Treatise on elephants
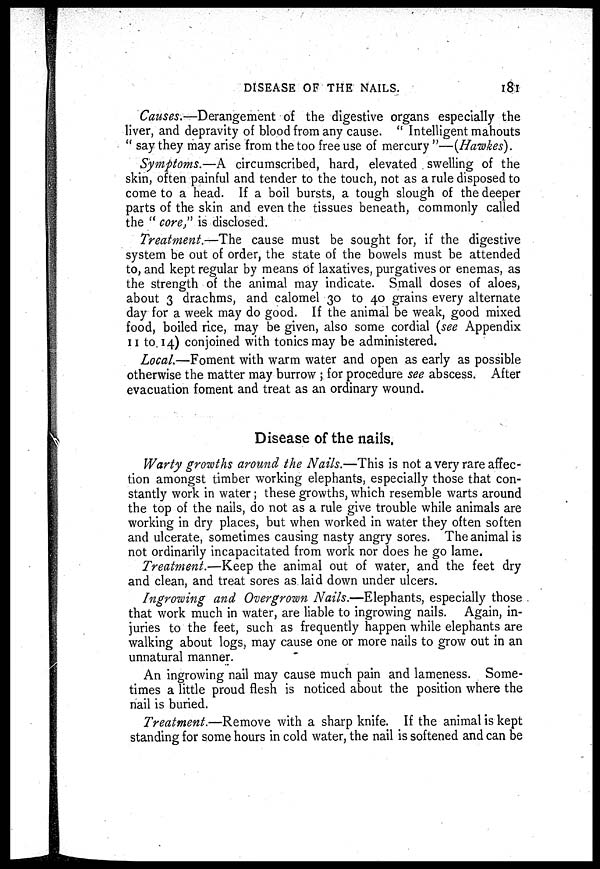
DISEASE OF THE NAILS.
181
Causes.—Derangement of the digestive organs especially the
liver, and depravity of blood from any cause. "Intelligent mahouts
"say they may arise from the too free use of mercury "—(Hawkes).
Symptoms.—A circumscribed, hard, elevated swelling of the
skin, often painful and tender to the touch, not as a rule disposed to
come to a head. If a boil bursts, a tough slough of the deeper
parts of the skin and even the tissues beneath, commonly called
the " core," is disclosed.
Treatment.—The cause must be sought for, if the digestive
system be out of order, the state of the bowels must be attended
to, and kept regular by means of laxatives, purgatives or enemas, as
the strength of the animal may indicate. Small doses of aloes,
about 3 drachms, and calomel 30 to 40 grains every alternate
day for a week may do good. If the animal be weak, good mixed
food, boiled rice, may be given, also some cordial (see Appendix
11 to 14) conjoined with tonics may be administered.
Local.—Foment with warm water and open as early as possible
otherwise the matter may burrow ; for procedure see abscess. After
evacuation foment and treat as an ordinary wound.
Disease of the nails.
Warty growths around the Nails.—This is not a very rare affec-
tion amongst timber working elephants, especially those that con-
stantly work in water; these growths, which resemble warts around
the top of the nails, do not as a rule give trouble while animals are
working in dry places, but when worked in water they often soften
and ulcerate, sometimes causing nasty angry sores. The animal is
not ordinarily incapacitated from work nor does he go lame.
Treatment.—Keep the animal out of water, and the feet dry
and clean, and treat sores as laid down under ulcers.
Ingrowing and Overgrown Nails.—Elephants, especially those
that work much in water, are liable to ingrowing nails. Again, in-
juries to the feet, such as frequently happen while elephants are
walking about logs, may cause one or more nails to grow out in an
unnatural manner.
An ingrowing nail may cause much pain and lameness. Some-
times a little proud flesh is noticed about the position where the
nail is buried.
Treatment.—Remove with a sharp knife. If the animal is kept
standing for some hours in cold water, the nail is softened and can be